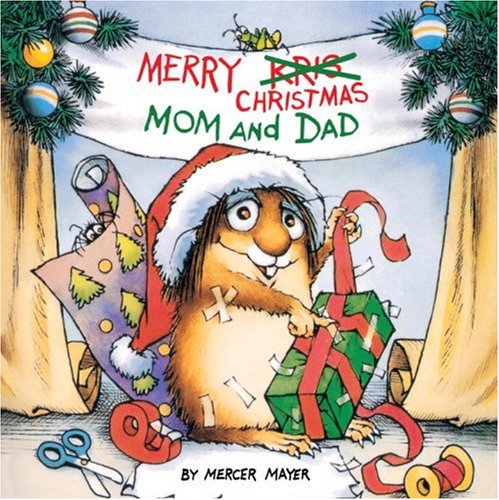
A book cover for Merry Christmas Mom and Dad (A Golden Look-Look Book); Mercer Mayer; Children's Books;